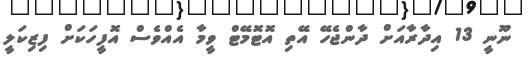
ނޫނީ 13 އިދާރާއަށް ދާންޖެހޭ އޭތި އޮޓޮމޭޓް ވީމާ އެއްވެސް އޮފީހަކަށް ފިޒިކަލީ